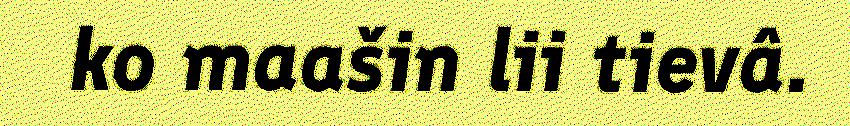
ko maašin lii tievâ.